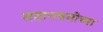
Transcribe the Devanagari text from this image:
महानवमीच्या